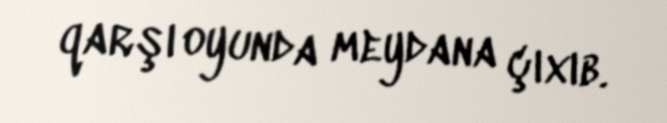
qarşı oyunda meydana çıxıb.